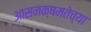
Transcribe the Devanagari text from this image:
आसनक्षमतेच्या